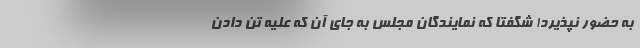
به حضور نپذیرد! شگفتا که نمایندگان مجلس به جای آن که علیه تن دادن